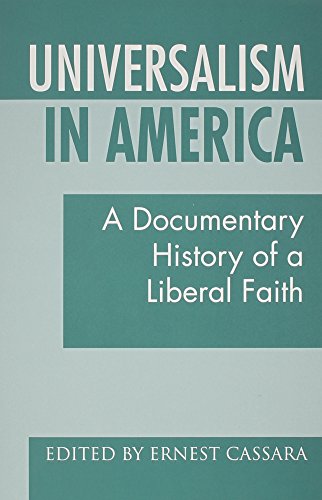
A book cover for Universalism in America: A Documentary History of a Liberal Faith; Religion & Spirituality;